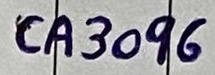
Text: CA3096